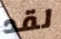
لقد